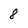
Character: 8